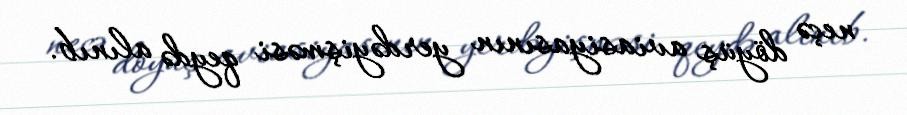
neçə döyüş aviasiyasının yerdəyişməsi qeydə alınıb.